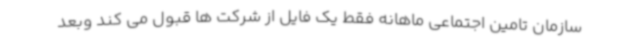
سازمان تامین اجتماعی ماهانه فقط یک فایل از شرکت ها قبول می کند وبعد